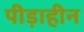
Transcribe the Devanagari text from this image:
पीड़ाहीन